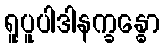
ရူပူပါဒါနက္ခန္ဓော